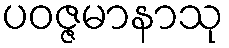
ပဝဇ္ဇမာနာသု